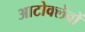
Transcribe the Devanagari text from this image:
आटोक्लेवों